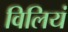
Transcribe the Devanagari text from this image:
विलियं